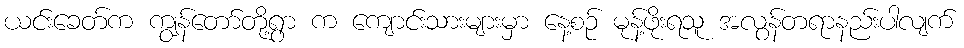
ယင်းခေတ်က ကျွန်တော်တို့ရွာ က ကျောင်းသားများမှာ နေ့စဉ် မုန့်ဖိုးရသူ အလွန်တရာနည်းပါလျက်